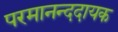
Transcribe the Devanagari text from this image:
परमानन्ददायक